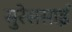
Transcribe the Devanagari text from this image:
सुरेससाई